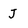
Character: J